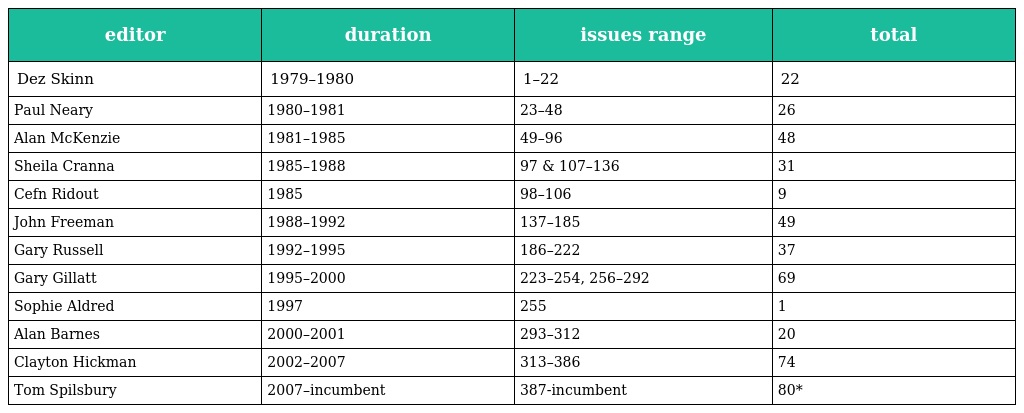
| editor | duration | issues range | total |
 | --- | --- | --- | --- |
 | Dez Skinn | 1979–1980 | 1–22 | 22 |
 | Paul Neary | 1980–1981 | 23–48 | 26 |
 | Alan McKenzie | 1981–1985 | 49–96 | 48 |
 | Sheila Cranna | 1985–1988 | 97 & 107–136 | 31 |
 | Cefn Ridout | 1985 | 98–106 | 9 |
 | John Freeman | 1988–1992 | 137–185 | 49 |
 | Gary Russell | 1992–1995 | 186–222 | 37 |
 | Gary Gillatt | 1995–2000 | 223–254, 256–292 | 69 |
 | Sophie Aldred | 1997 | 255 | 1 |
 | Alan Barnes | 2000–2001 | 293–312 | 20 |
 | Clayton Hickman | 2002–2007 | 313–386 | 74 |
 | Tom Spilsbury | 2007–incumbent | 387-incumbent | 80* |